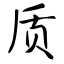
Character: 质